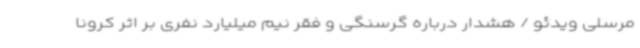
مرسلی ویدئو / هشدار درباره گرسنگی و فقر نیم میلیارد نفری بر اثر کرونا